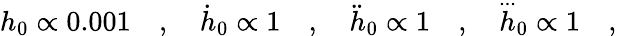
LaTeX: h_{0}\propto 0.001\quad,\quad\dot{h}_{0}\propto 1\quad,\quad\ddot{h}_{0}\propto 1\quad,\quad\stackrel{...}h_{0}\propto 1\quad,